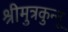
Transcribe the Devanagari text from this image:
श्रीमुत्रकुन्नू